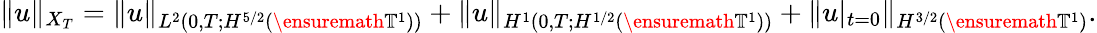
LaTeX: \| u\| _{X_{T}}=\| u\| _{L^{2}(0,T;H^{5/2}(\ensuremath{\mathbb{T}}^{1}))}+\| u\| _{H^{1}(0,T;H^{1/2}(\ensuremath{\mathbb{T}}^{1}))}+\| u|_{t=0}\| _{H^{3/2}(\ensuremath{\mathbb{T}}^{1})}.